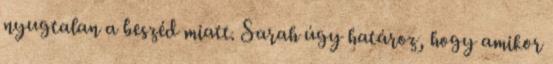
nyugtalan a beszéd miatt. Sarah úgy határoz, hogy amikor